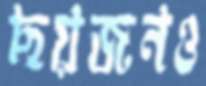
ছয়জনও